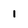
Character: 1